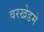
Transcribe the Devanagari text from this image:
वरखेडमें